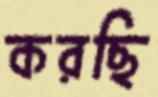
করছি